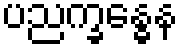
ပညက္ခန္ဓေန